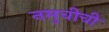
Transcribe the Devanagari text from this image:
नमुचीची